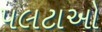
પલટાઓ